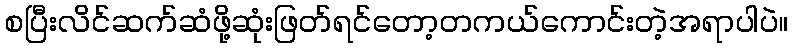
စပြီးလိင်ဆက်ဆံဖို့ဆုံးဖြတ်ရင်တော့တကယ်ကောင်းတဲ့အရာပါပဲ။